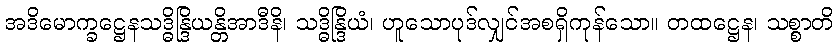
အဒိမောက္ခဋ္ဌေနသဒ္ဓိန္ဒြိယန္တိအာဒီနိ၊ သဒ္ဓိန္ဒြိယံ၊ ဟူသောပုဒ်လျှင်အစရှိကုန်သော။ တထဋ္ဌေန၊ သစ္စာတိ